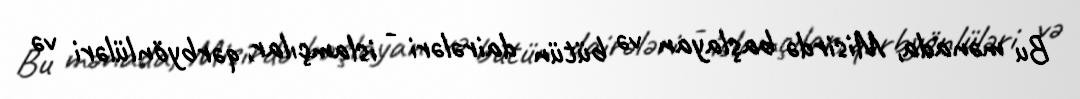
Bu mənada, Misirdə başlayan və bütün dairələri - islamçılar, qərbyönlüləri və